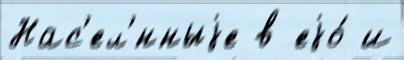
Нас'ел'́нныjе в еjо́ и